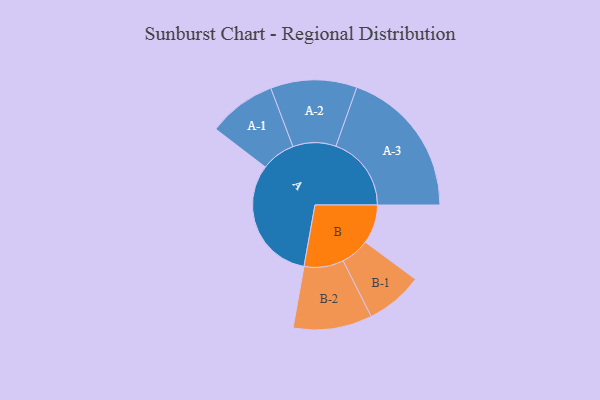
{"axis": {"x": "Segment", "y": "Value"}, "legend": ["", "A", "B"], "data": [{"x": "A", "y": 486, "type": ""}, {"x": "B", "y": 151, "type": ""}, {"x": "A-1", "y": 132, "type": "A"}, {"x": "A-2", "y": 167, "type": "A"}, {"x": "A-3", "y": 292, "type": "A"}, {"x": "B-1", "y": 111, "type": "B"}, {"x": "B-2", "y": 153, "type": "B"}]}